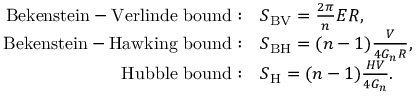
\begin{array} { r l } { { \mathrm { B e k e n s t e i n - V e r l i n d e ~ b o u n d } : } } & { { S _ { \mathrm { B V } } = \frac { 2 \pi } { n } E R , } } \\ { { \mathrm { B e k e n s t e i n - H a w k i n g ~ b o u n d } : } } & { { S _ { \mathrm { B H } } = ( n - 1 ) \frac { V } { 4 G _ { n } R } , } } \\ { { \mathrm { H u b b l e ~ b o u n d } : } } & { { S _ { \mathrm { H } } = ( n - 1 ) \frac { H V } { 4 G _ { n } } . } } \end{array}